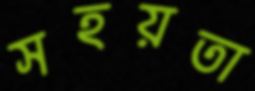
সহয়তা